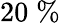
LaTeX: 20\; \%